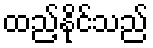
ထည့်နိုင်သည်